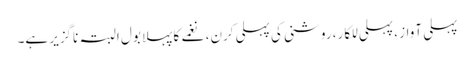
پہلی آواز ، پہلی للکار، روشنی کی پہلی کرن، نغمے کا پہلا بول البتہ ناگزیر ہے۔